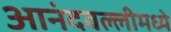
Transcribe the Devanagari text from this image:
आनंदवल्लीमध्ये